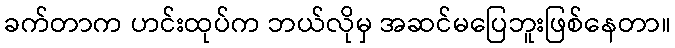
ခက်တာက ဟင်းထုပ်က ဘယ်လိုမှ အဆင်မပြေဘူးဖြစ်နေတာ။